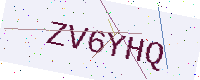
Text: ZV6YHQ